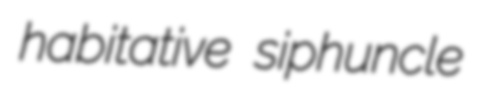
habitative siphuncle